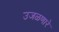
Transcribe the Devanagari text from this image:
उजळणारे